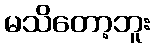
မသိတော့ဘူး